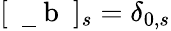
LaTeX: [\mathrm{~\mathbf~\underline{~}{~b~}~}]_{s}=\delta_{0,s}